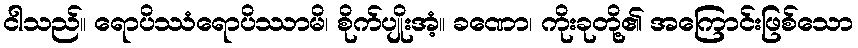
ငါသည်။ ရောပိဿံရောပိဿာမိ၊ စိုက်ပျိုးအံ့။ ခဏော၊ ကိုးခုတို့၏ အကြောင်းဖြစ်သော